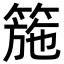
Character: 箷